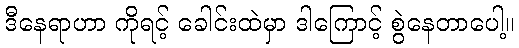
ဒီနေရာဟာ ကိုရင့် ခေါင်းထဲမှာ ဒါကြောင့် စွဲနေတာပေါ့။